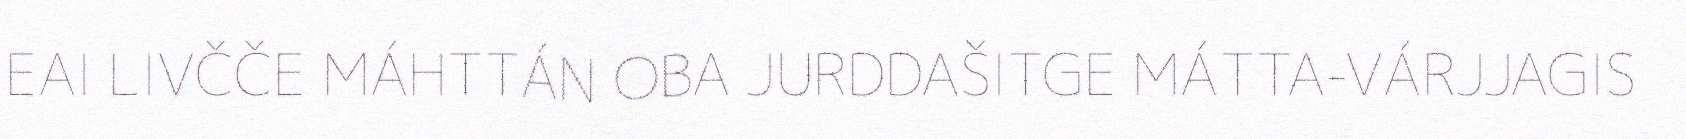
EAI LIVČČE MÁHTTÁN OBA JURDDAŠITGE MÁTTA-VÁRJJAGIS